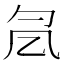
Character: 𠘷